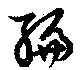
編